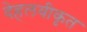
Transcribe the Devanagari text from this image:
देहलवीकृत